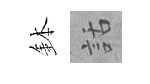
鉢話